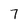
Character: 7